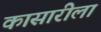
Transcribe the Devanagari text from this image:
कासारीला